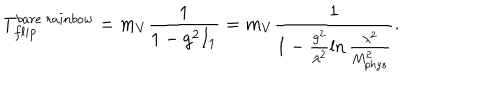
T _ { f l i p } ^ { b a r e \ r a i n b o w } = m _ { V } \frac { 1 } { 1 - g ^ { 2 } I _ { 1 } } = m _ { V } \frac { 1 } { 1 - \frac { g ^ { 2 } } { \lambda ^ { 2 } } \ln \frac { \lambda ^ { 2 } } { M _ { p h y s } ^ { 2 } } } .